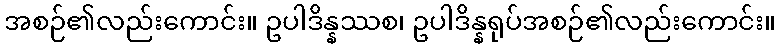
အစဉ်၏လည်းကောင်း။ ဥပါဒိန္နဿစ၊ ဥပါဒိန္နရုပ်အစဉ်၏လည်းကောင်း။